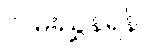
လမ်းညွှန်ရန်